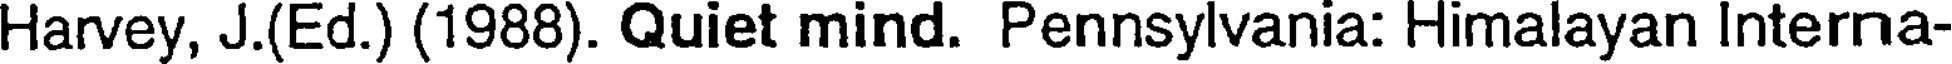
Harvey, J.(Ed.) (1988). Quiet mind. Pennsylvania: Himalayan Interna-